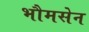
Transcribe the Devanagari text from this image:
भौमसेन